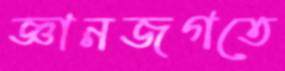
জ্ঞানজগতে